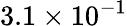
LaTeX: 3.1\times 10^{-1}